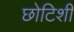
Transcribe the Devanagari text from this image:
छोटिशी